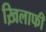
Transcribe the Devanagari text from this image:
ख़िलाफी